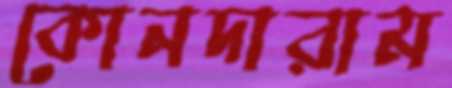
কোনদারাম